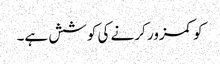
کو کمزور کرنے کی کوشش ہے۔